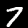
Label: 7